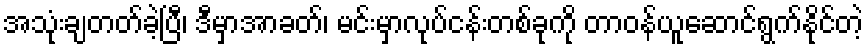
အသုံးချတတ်ခဲ့ပြီ၊ ဒီမှာအာခတ်၊ မင်းမှာလုပ်ငန်းတစ်ခုကို တာဝန်ယူဆောင်ရွက်နိုင်တဲ့